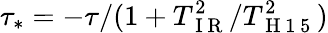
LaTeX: \tau_{*}=-\tau/(1+T_{\mathrm{~I~R~}}^{2}/T_{\mathrm{~H~1~5~}}^{2})